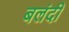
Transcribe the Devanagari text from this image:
बलंदी